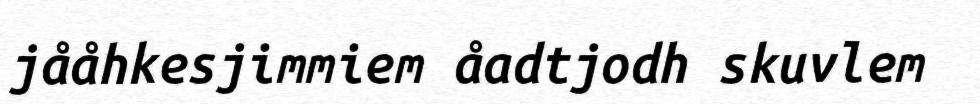
jååhkesjimmiem åadtjodh skuvlem